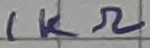
Text: 1KΩ